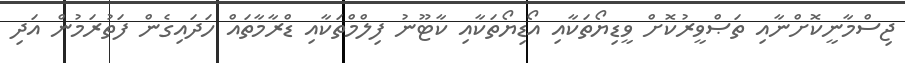
ޖިސްމާނީކޮށްނާއި ތަޞްވީރުކޮށް ވީޑިޔޯތަކާއި އޯޑިޔޯތަކާއި ކާޓޫނު ފިލްމްތަކާއި ޑްރާމާތައް ހަދައިގެން ފަތުރަމުން އަދި